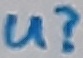
Text: U?